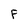
Character: f